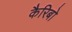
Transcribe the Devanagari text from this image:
कैरिबो